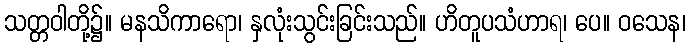
သတ္တဝါတို့၌။ မနသိကာရော၊ နှလုံးသွင်းခြင်းသည်။ ဟိတူပသံဟာရ၊ ပေ။ ဝသေန၊